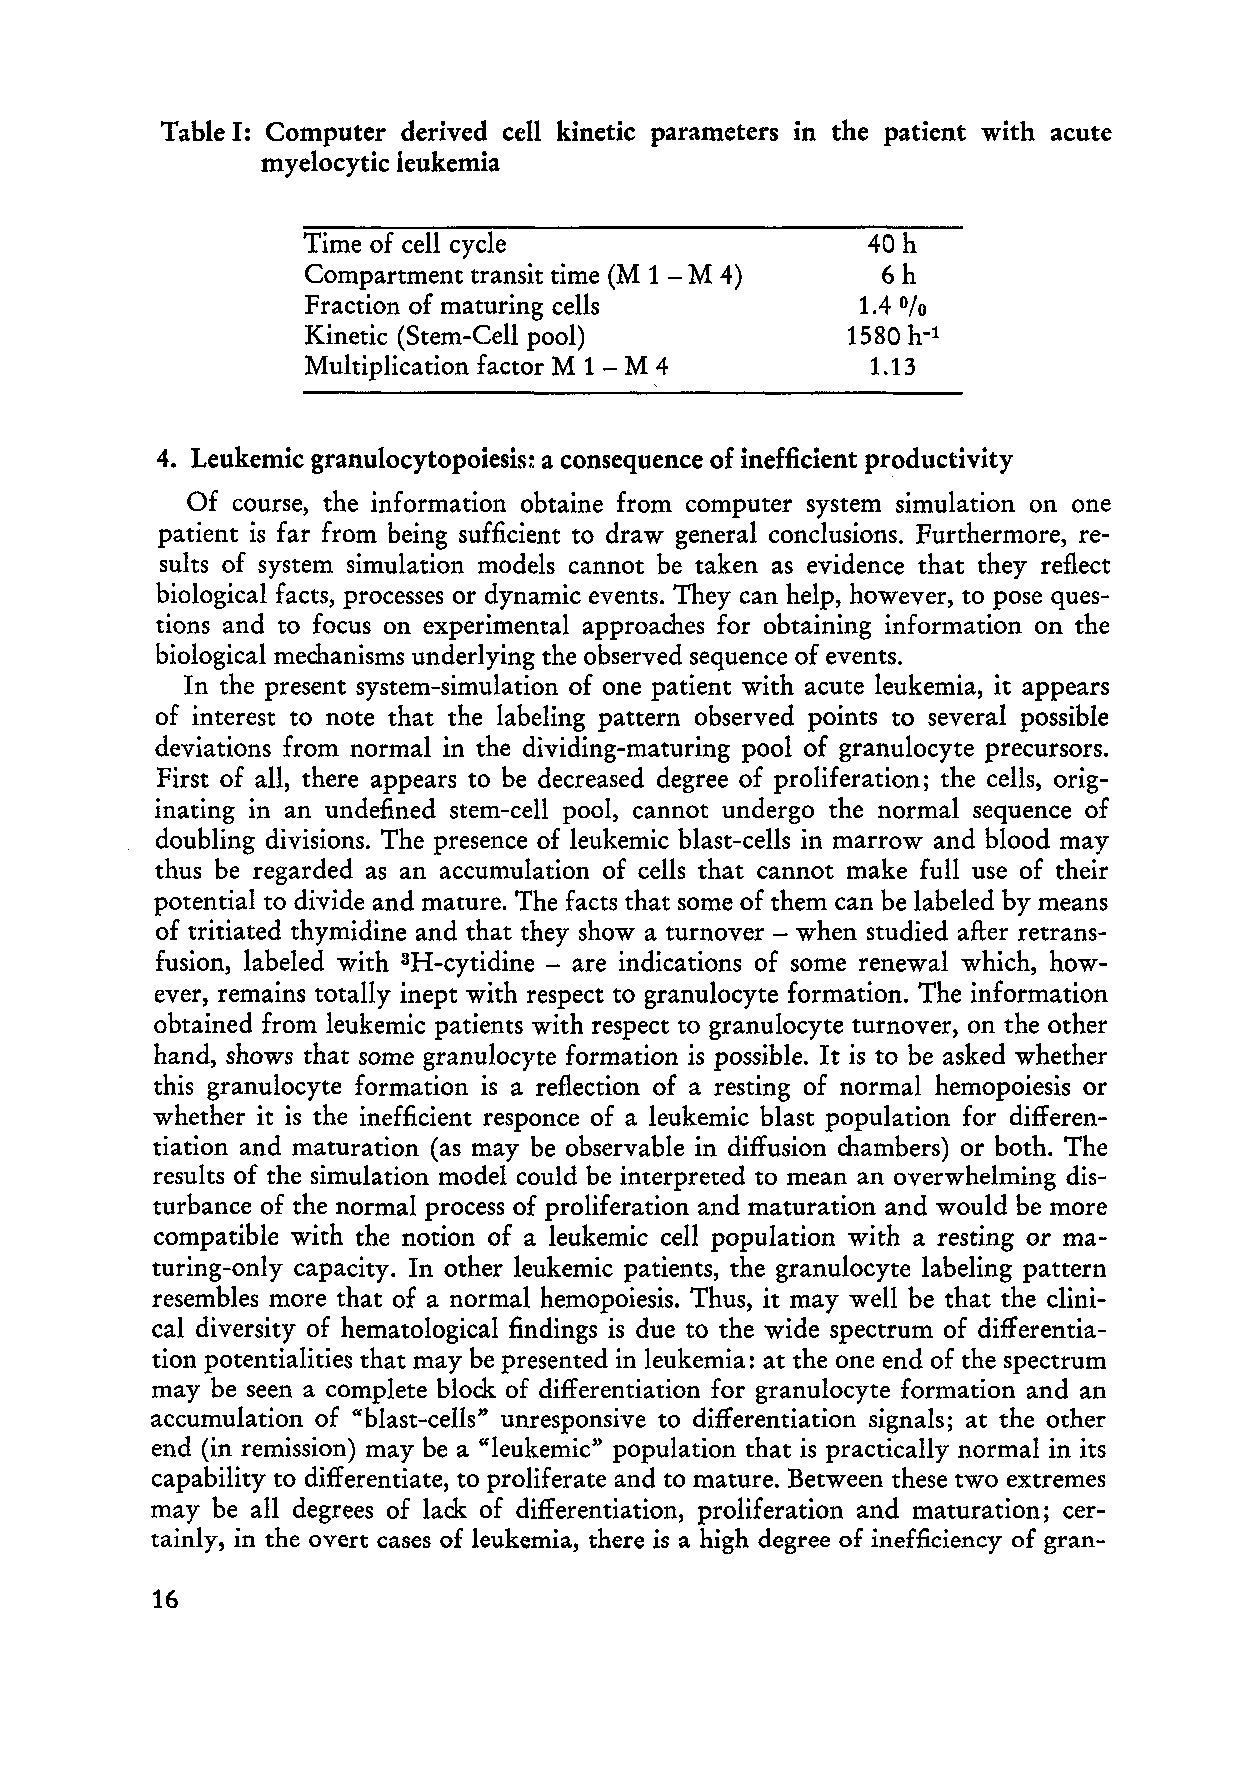
Table I: Computer derived cell kinetic parameters in the patient with acute
 myelocytic leukemia
 Time of cell cyde                     40 h
 Compartment transit time (M 1 - M 4)   6h
 Fraction of maturing cells           1.4
 0/0
 Kinetic (Stem-Cell pool)            1580 h-1
 Multiplication factor M 1 - M 4       1.13
 4. Leukemic granulocytopoiesis: a consequence of inefficient productivity
 Of course, the information obtaine from computer system simulation on one
 patient is far from being sufficient to draw general condusions. Furthermore, re
 sults of system simulation models cannot be taken as evidence that they reflect
 biological facts, processes or dynamic events. They can help, however, to pose ques
 tions and to focus on experimental approaches for obtaining information on the
 biological mechanisms underlying the observed sequence of events.
 In the present system-simulation of one patient with acute leukemia, it appears
 of interest to note that the labeling pattern observed points to several possible
 deviations from normal in the dividing-maturing pool of granulocyte precursors.
 First of all, there appears to be decreased degree of proliferation; the cells, orig
 inating in an undefined stem-cell pool, cannot undergo the normal sequence of
 doubling divisions. The presence of leukemic blast-cells in marrow and blood may
 thus be regarded as an accumulation of cells that cannot make full use of their
 potential to divide and mature. The facts that some of them can be labeled by means
 of tritiated thymidine and that they show a turnover - when studied after retrans
 fusion, labeled with 3H-cytidine - are indications of some renewal which, how
 ever, remains totally inept with respect to granulocyte formation. The information
 obtained from leukemic patients with respect to granulocyte turnover, on the other
 hand, shows that some granulocyte formation is possible. It is to be asked whether
 this granulocyte formation is a reflection of a resting of normal hemopoiesis or
 whether it is the inefficient responce of a leukemic blast population for differen
 tiation and maturation (as may be observable in diffusion chambers) or both. The
 results of the simulation model could be interpreted to mean an overwhelming dis
 turbance of the normal process of proliferation and maturation and would be more
 compatible with the notion of a leukemic cell population with a resting or ma
 turing-only capacity. In other leukemic patients, the granulocyte labeling pattern
 resembles more that of anormal hemopoiesis. Thus, it may well be that the dini
 cal diversity of hematological findings is due to the wide spectrum of differentia
 tion potentialities that may be presented in leukemia: at the one end of the spectrum
 may be seen a complete block. of differentiation for granulocyte formation and an
 accumulation of "blast-cells" unresponsive to differentiation signals; at the other
 end (in remission) may be a "leukemic" population that is practically normal in its
 capability to differentiate, to proliferate and to mature. Between these two extremes
 may be all degrees of lack. of differentiation, proliferation and maturation; cer
 tainly, in the overt cases of leukemia, there is a high degree of inefficiency of gran-
 16